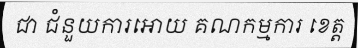
ជា ជំនួយការអោយ គណកម្មការ ខេត្ត